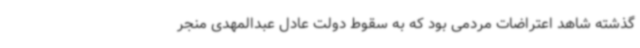
گذشته شاهد اعتراضات مردمی بود که به سقوط دولت عادل عبدالمهدی منجر